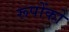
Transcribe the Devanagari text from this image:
रूपोंको